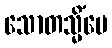
သောတသ္မိံပေ